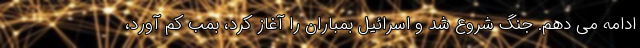
ادامه می دهم. جنگ شروع شد و اسرائیل بمباران را آغاز کرد، بمب کم آورد،